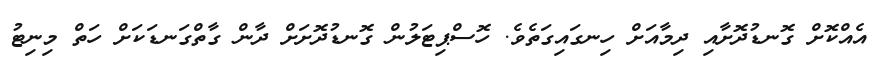
އެއްކޮށް ގޮނޑުދޮށާއި ދިމާއަށް ހިނގައިގަތެވެ. ހޮސްޕިޓަލުން ގޮނޑުދޮށަށް ދާން ގާތްގަނޑަކަށް ހަތް މިނިޓު